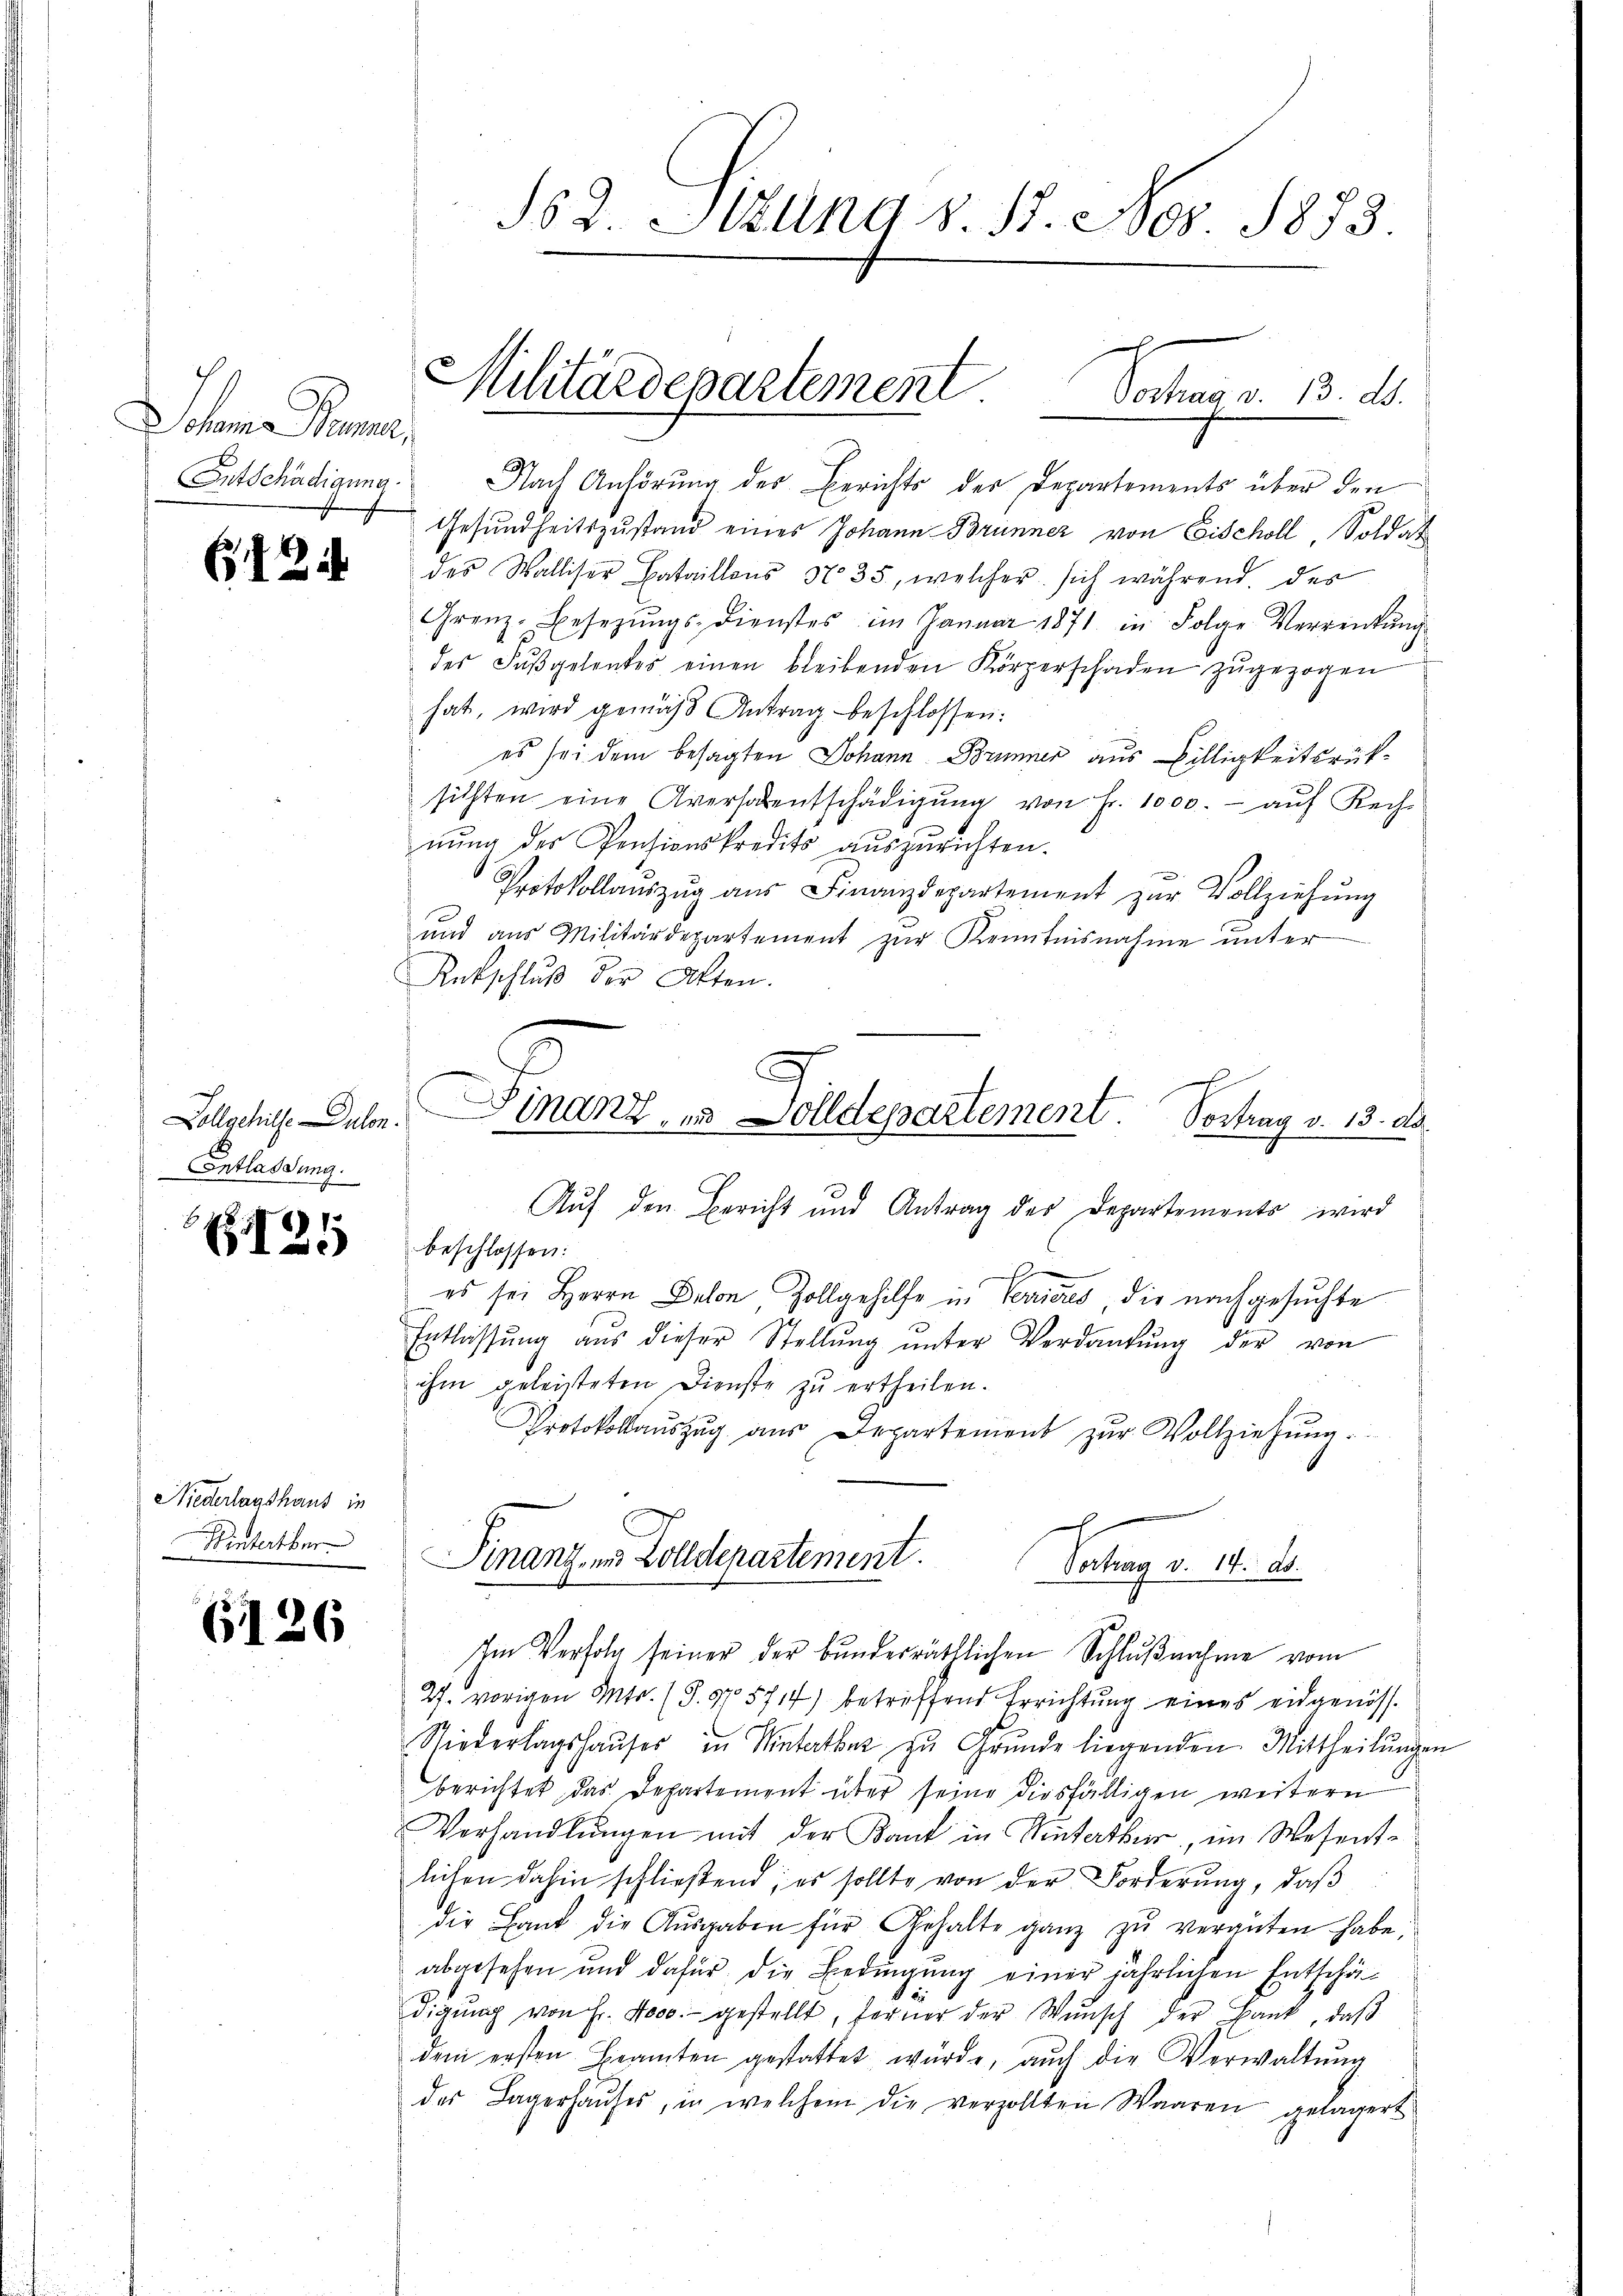
ohne Paren,

124

Collgehilfe Dulon.
Entlassung.

E
8

Niederlagshaus in
Winterthe

6126

§52 tung d. 18. Nov. 1873.

Militärdepartement Vortrag v. 13. ds.

Entschädigung. Nach Anhörung des Berichts der Departements über den
Gesundheitszustand eines Johann Brünner von Eischoll, Soldat
des Walliser Bataillons No 35, welcher sich während des
Grenz-Besetzŭngs-Dienstes im Januar 1871 in Folge Verrentŭng
des Fŭβgelentes einen bleibenden Körperschaden zŭgezogen
hat, wird gemäβ Antrag beschlossen:
es sei dem besagten Johann Brunner aus Billigkeitsrüksichten eine Aversalentschädigŭng von Fr. 1000.- aŭf Rech-
nŭng des Pensionskredits auszurichten.
Protokollaŭszŭg aŭs Finanzdepartement zur Vollziehung
ŭnd aus Militärdepartement zŭr Kenntnisnahme ŭnter
Rutschluß der Akten.
Auf den Bericht und Antrag des Departements wird
beschlossen:
es sei Herrn Delon Zollgehilfe in Verrieres, die nachgesuchte
Entlassŭng aŭs dieser Stellŭng ŭnter Verdankŭng der von
ihm geleisteten Dienste zŭ ertheilen.
Protokollaŭszŭg aŭs Departement zŭr Vollziehŭng.
Finanz- und Zolldepartement.
Vertrag v. 14. ds.
Im Verfolg seiner der bunderräthlichen Schlußnahme vom
27. vorigen Mtr. (S. 57. 5714) betreffend Errichtung eines eidgenöss
Niederlagshaŭses in Metatbat zŭ Grŭnde liegenden Mittheilŭngen
berichtet das Departement über seine diesfälligen weitern
Verhandlŭngen mit der Kant in Statter, im Wesent-
lichen dahin schließend; es sollte von der Forderung, daß
die Hand die Aŭsgaben für Gehalte ganz zu vergüten habe,
abgesehen und dafür die Bedingung einer jährlichen Entschäe
digŭng von Fr. 4000.- gestellt, ferner der Wŭnsch der Bank, daβ
dem ersten Beamten gestattet würde, auch die Verwaltŭng
des Lagerhaŭses, in welchem die verzollten Waaren gelagert

Finanz- u Volldepartement. Vortrag v. 13. d.